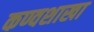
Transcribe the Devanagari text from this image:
कण्वशाखा